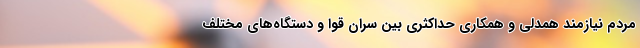
مردم نیازمند همدلی و همکاری حداکثری بین سران قوا و دستگاه‌های مختلف